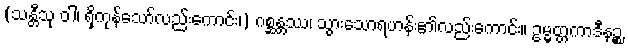
(သန္တီသု ဝါ၊ ရှိကုန်သော်လည်းကောင်း၊) ဂစ္ဆန္တဿ၊ သွားသောရဟန်း၏လည်းကောင်း။ ဥမ္မတ္တကာဒီနဉ္စ